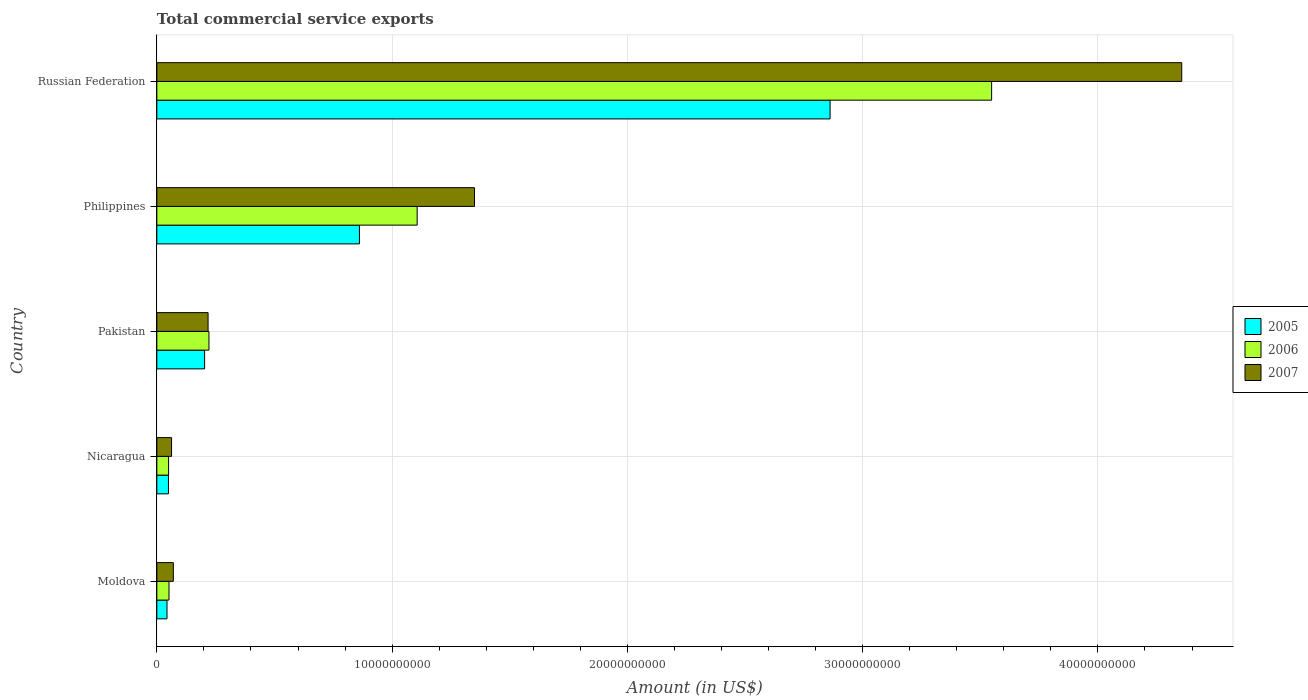
| Country | 2005 | 2006 | 2007 |
 | --- | --- | --- | --- |
 | Moldova | 4.31e+08 | 5.17e+08 | 7e+08 |
 | Nicaragua | 4.93e+08 | 5e+08 | 6.25e+08 |
 | Pakistan | 2.03e+09 | 2.22e+09 | 2.18e+09 |
 | Philippines | 8.61e+09 | 1.11e+10 | 1.35e+10 |
 | Russian Federation | 2.86e+10 | 3.55e+10 | 4.36e+10 |